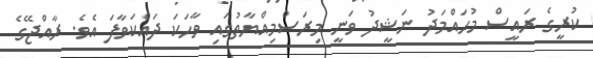
ކުރީގެ ރައީސް މުހައްމަދު ނަޝީދު ވަނީ މިރަސްމިއްޔާތުގައި ވާހަކަ ދައްކަވާފަ އެވެ. ރާއްޖޭގެ